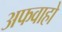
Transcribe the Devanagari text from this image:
अफवाहो